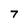
Character: 7